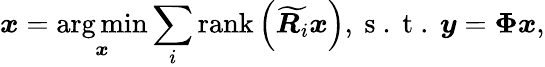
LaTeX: \boldsymbol{x}=\underset{\boldsymbol{x}}{\arg\operatorname*{min}}\sum_{i}\operatorname{rank}\left(\widetilde{\boldsymbol{R}_{i}}\boldsymbol{x}\right),\mathrm{~s~.~t~.~}\boldsymbol{y}=\boldsymbol{\Phi}\boldsymbol{x},